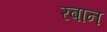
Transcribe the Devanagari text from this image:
रबान